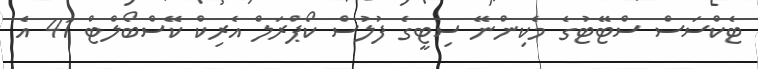
ޓެކްސަސް ސްޓޭޓުގެ މެކިންނޭ ސިޓީގެ ފުލުސް ކޯޕްރަލް އެރިކް ކޭސްބޯލްޓް 41 އެ